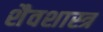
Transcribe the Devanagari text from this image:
शैवशास्त्र